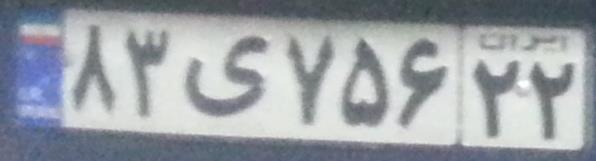
۸۳ی۷۵۶۲۲